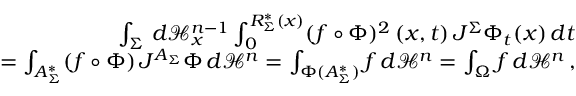
\begin{array} { r l r } & { } & { \int _ { \Sigma } \, d \mathcal { H } _ { x } ^ { n - 1 } \int _ { 0 } ^ { R _ { \Sigma } ^ { * } ( x ) } ( f \circ \Phi ) ^ { 2 } \, ( x , t ) \, J ^ { \Sigma } \Phi _ { t } ( x ) \, d t } \\ & { } & { = \int _ { A _ { \Sigma } ^ { * } } ( f \circ \Phi ) \, J ^ { A _ { \Sigma } } \Phi \, d \mathcal { H } ^ { n } = \int _ { \Phi ( A _ { \Sigma } ^ { * } ) } f \, d \mathcal { H } ^ { n } = \int _ { \Omega } f \, d \mathcal { H } ^ { n } \, , } \end{array}